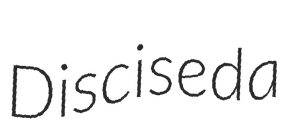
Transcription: Disciseda